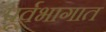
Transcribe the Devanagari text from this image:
पूर्वभागात